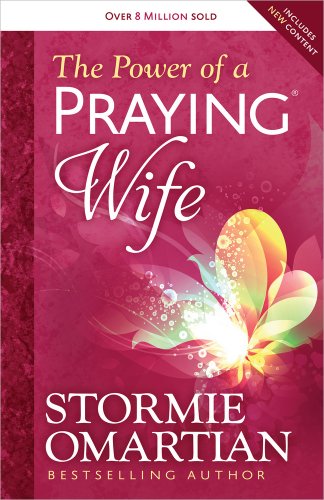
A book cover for The Power of a Praying Wife; Stormie Omartian; Christian Books & Bibles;